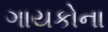
ગાયકોના